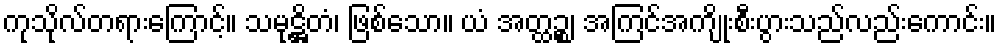
ကုသိုလ်တရားကြောင့်။ သမုဋ္ဌိတံ၊ ဖြစ်သော။ ယံ အတ္ထဉ္စ၊ အကြင်အကျိုးစီးပွားသည်လည်းကောင်း။